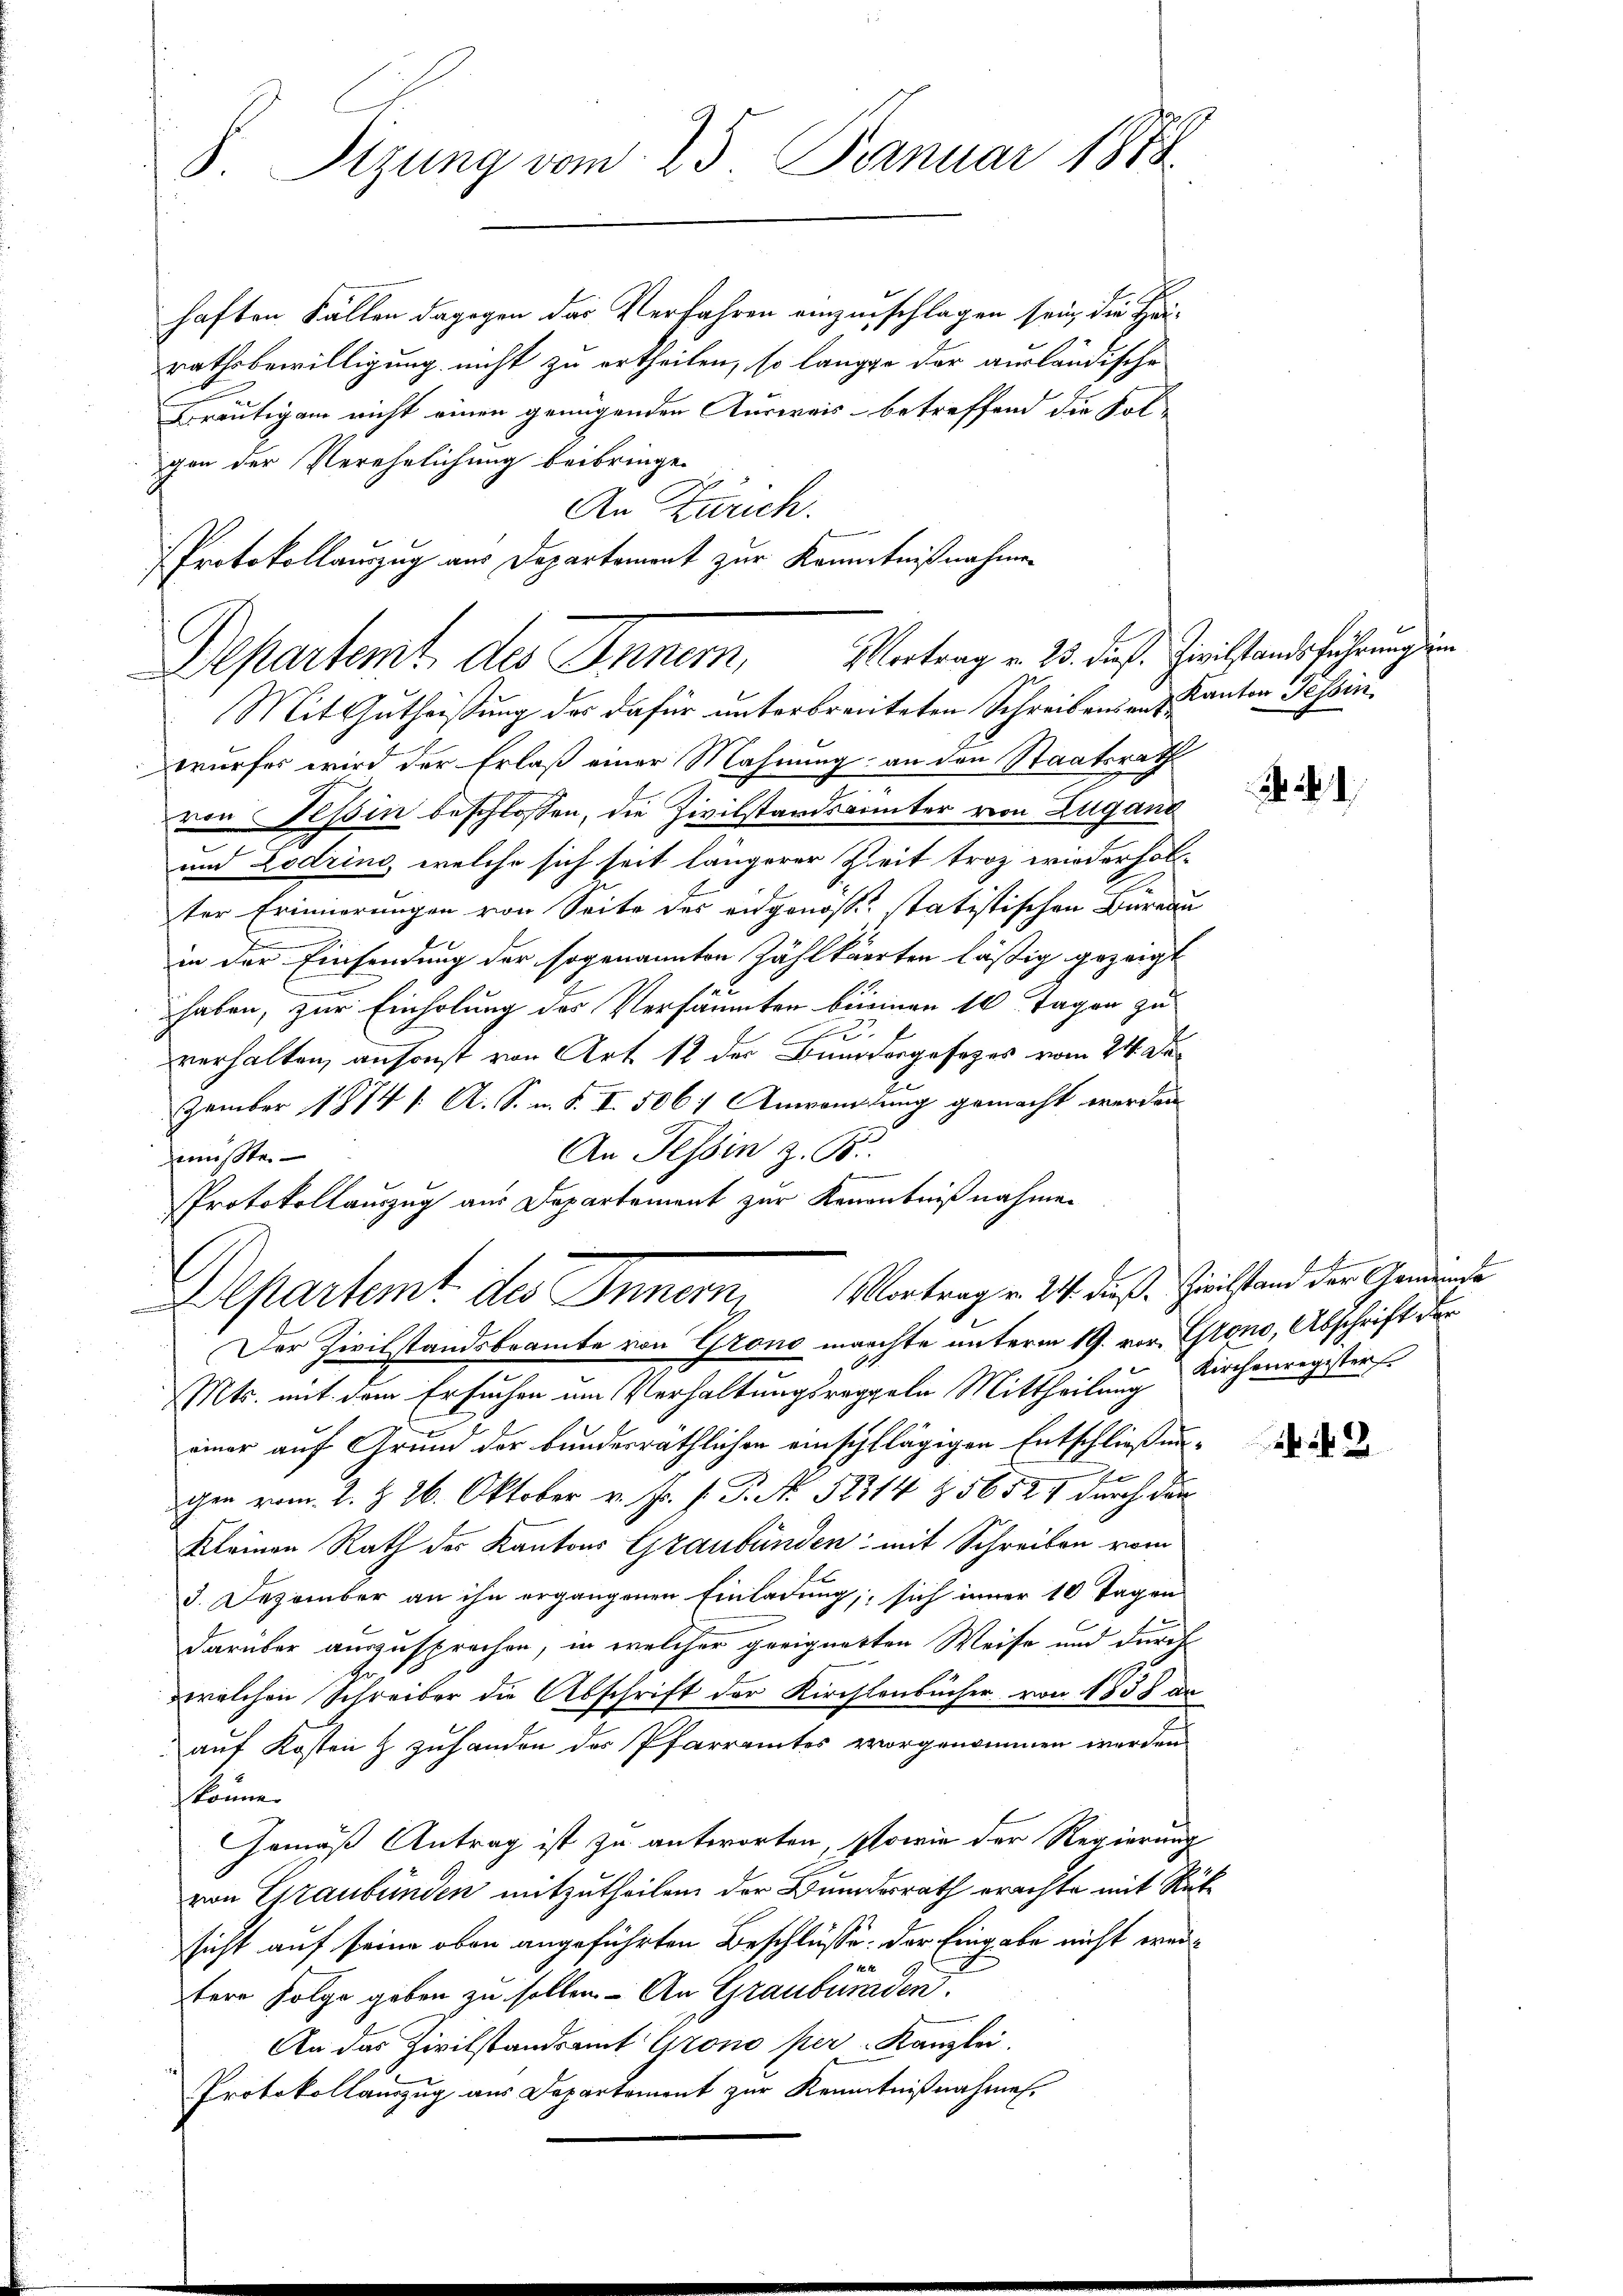
S. Tizung vom 25. Januar 1878.

haften Fällen dagegen das Verfahren einzuschlagen sein, die Harathsbewilligung nicht zu ertheilen, so langte der ausländische
Bräutigam nicht einen genügenden Ausweis- betreffend die Folgen der Verehelichung beibringe.
An Zürich.
e
Protokollauszug aus Departament zur Kenntnißnahmen

Departemt, des Inner, Vertrag v. 23. dies. Zeitstandsführung in
Mit Gutheißung des dafür unterbreiteten Schreibens an Kanton Tessin

wurfes wird der Erlaß einer Mahnung an den Staatsrath
von Tessin beschlossen, die Zivilstandsrunter von Lugand
und Lodrino, welche sich seit längerer Zeit troz wiederholter Erinnerungen von Seite des eidgenösse statistischen Büreau
in der Einsendung der sogenannten Zählkaerten läßig gezeigt
haben, zur Einholung des Versäumten berinen 10 Tagen zu
63.
verhalten, ansonst von Art 12 der Bundesgesezes vom 24. De
zember 1874 1. A. S. m. S. I. 506; Anwendung gemacht werden
An Tessin z. B.
müsste.
Der Zivilstandsbeamte von Grono machte unterm 19. vor. Gstono, Abschrift der
Mts. mit dem Ersuchen um Verhaltungsregeln Mittheilung Kirchenregisters
einer auf Grund der bundesräthlichen einschlägigen Entschließun¬
0
gen vom 2. Z. 26. Oktober v. Js. f. P. No. 52314 Z. 56521 durch dan
Kleinen Rath der Kantons Graubünden mit Schreiben vom
3. Dezember an ihn ergangenen Einladung, sich inner 10 Tagen
darüber auszusprochen, in welcher geeignetten Weise und durch
welchen Schreiber die Abschrift der Kirchlenbücher von 1858 da
auf Kosten & zuhanden des Pfarramtes vorgenommen werden
könne.
Gemäß Antrag ist zu antworten, sowie der Regierung
von Graubünden mitzutheilen der Bundesrath erachte mit Rüksicht auf seine oben angeführten Beschlüsse: der Eingabe nicht wei¬
K. M
tere Folge geben zu sollen. An Graubünden.
An das Zivilstandsamt Grono per Kanzlei.
Protokollauszug aus Departement zur Kenntnißnahmen.

Protokollauszug aus Departement zur Kenntnißnahmen
Departemt der Innern, Vortrag v. 24. das Geistand der Gendange

2